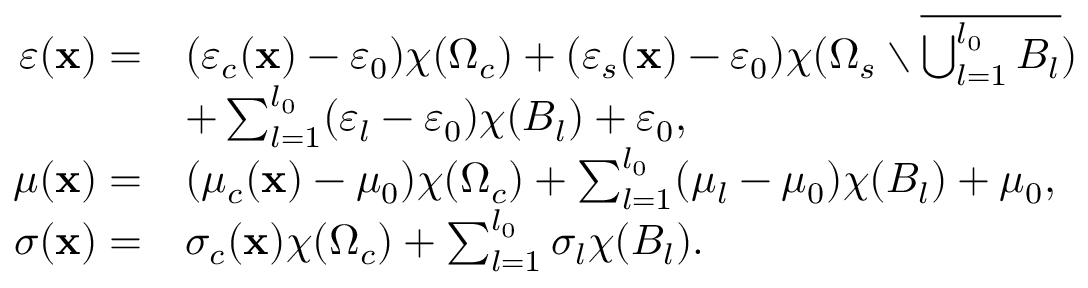
\begin{array} { r l } { \varepsilon ( \mathbf { x } ) = } & { ( \varepsilon _ { c } ( \mathbf { x } ) - \varepsilon _ { 0 } ) \chi ( \Omega _ { c } ) + ( \varepsilon _ { s } ( \mathbf { x } ) - \varepsilon _ { 0 } ) \chi ( \Omega _ { s } \setminus \overline { { \bigcup _ { l = 1 } ^ { l _ { 0 } } B _ { l } } } ) } \\ & { + \sum _ { l = 1 } ^ { l _ { 0 } } ( \varepsilon _ { l } - \varepsilon _ { 0 } ) \chi ( B _ { l } ) + \varepsilon _ { 0 } , } \\ { \quad \mu ( \mathbf { x } ) = } & { ( \mu _ { c } ( \mathbf { x } ) - \mu _ { 0 } ) \chi ( \Omega _ { c } ) + \sum _ { l = 1 } ^ { l _ { 0 } } ( \mu _ { l } - \mu _ { 0 } ) \chi ( B _ { l } ) + \mu _ { 0 } , } \\ { \sigma ( \mathbf { x } ) = } & { \sigma _ { c } ( \mathbf { x } ) \chi ( \Omega _ { c } ) + \sum _ { l = 1 } ^ { l _ { 0 } } \sigma _ { l } \chi ( B _ { l } ) . } \end{array}